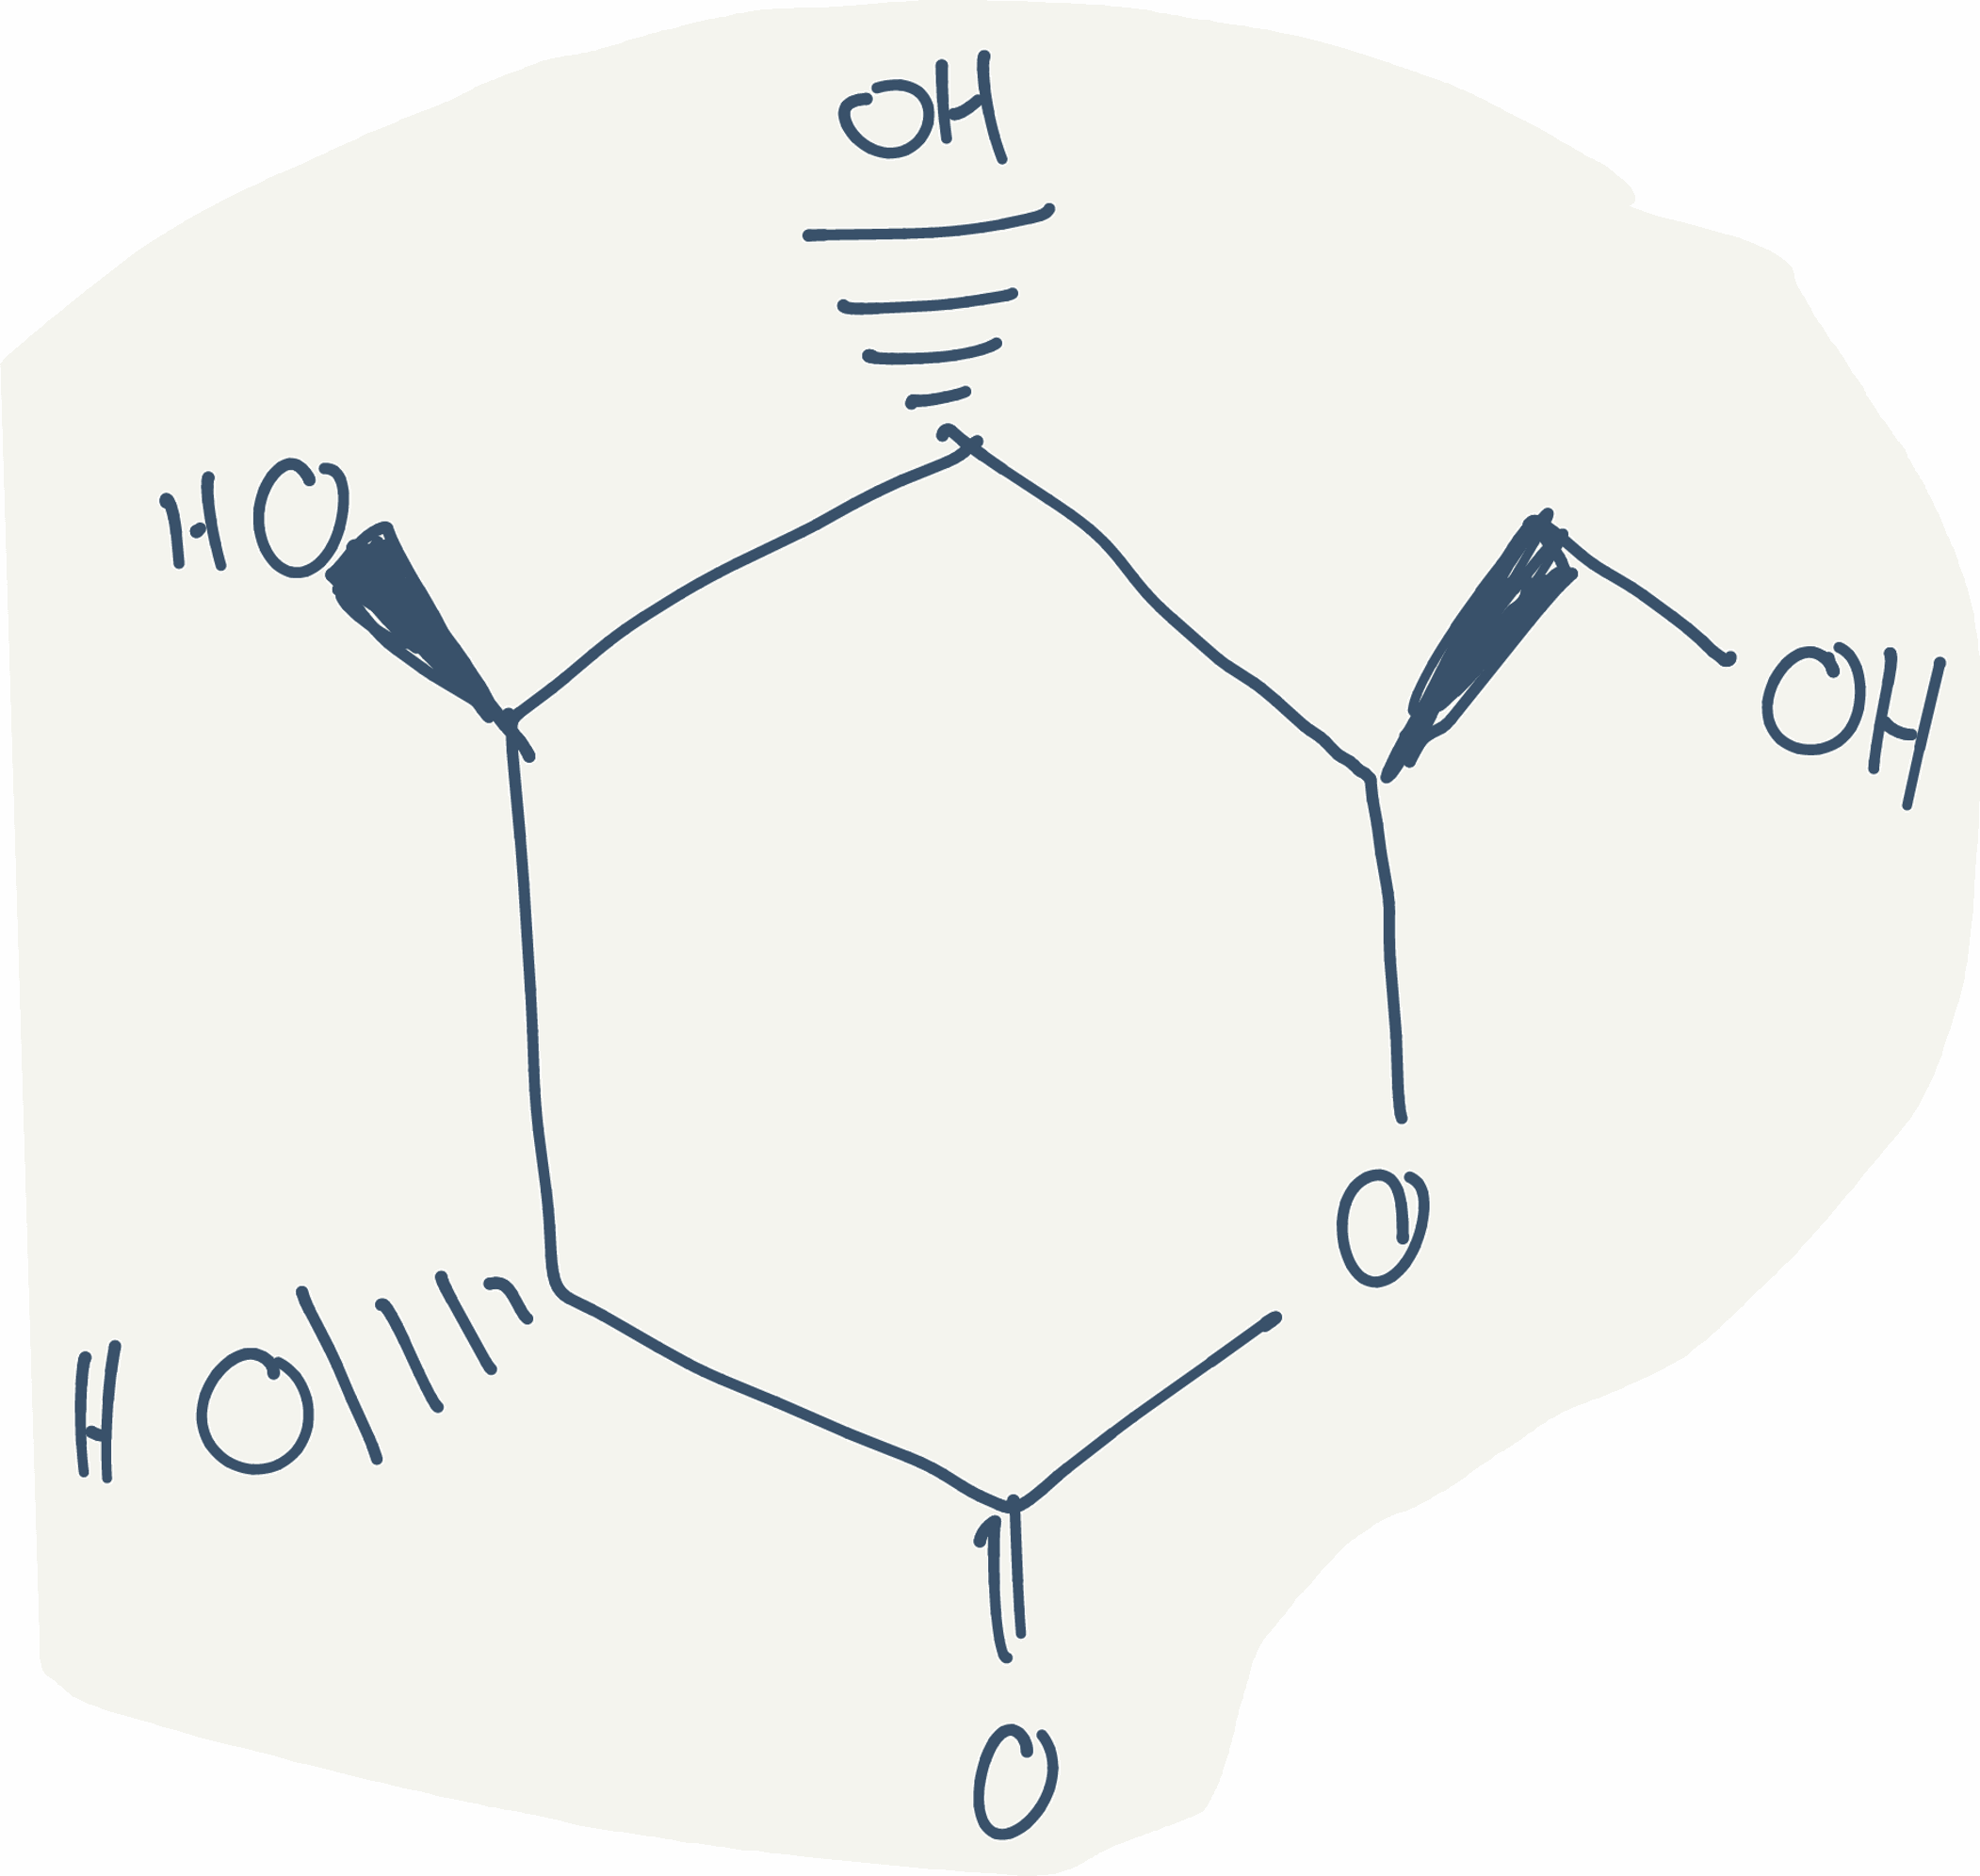
Simplified molecular-input line-entry system (SMILES) notation of the given molecule:
C([C@@H]1[C@H]([C@@H]([C@H](C(=O)O1)O)O)O)O